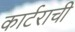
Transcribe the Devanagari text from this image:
कार्टराची